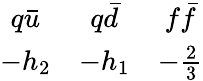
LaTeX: \begin{array}{ccc}{{q\bar{u}}}&{{q\bar{d}}}&{{f\bar{f}}}\\ {{-h_{2}}}&{{-h_{1}}}&{{-{\frac{2}{3}}}}\end{array}